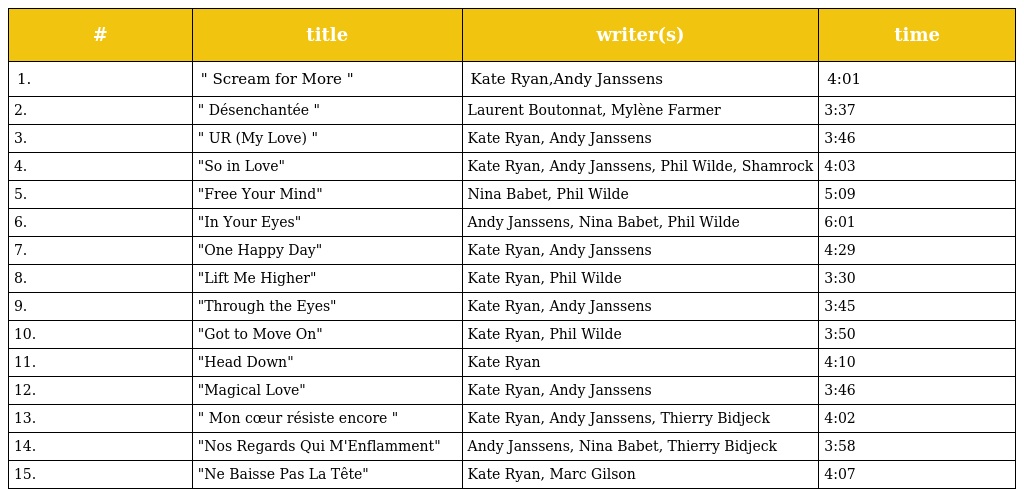
| # | title | writer(s) | time |
 | --- | --- | --- | --- |
 | 1. | " Scream for More " | Kate Ryan,Andy Janssens | 4:01 |
 | 2. | " Désenchantée " | Laurent Boutonnat, Mylène Farmer | 3:37 |
 | 3. | " UR (My Love) " | Kate Ryan, Andy Janssens | 3:46 |
 | 4. | "So in Love" | Kate Ryan, Andy Janssens, Phil Wilde, Shamrock | 4:03 |
 | 5. | "Free Your Mind" | Nina Babet, Phil Wilde | 5:09 |
 | 6. | "In Your Eyes" | Andy Janssens, Nina Babet, Phil Wilde | 6:01 |
 | 7. | "One Happy Day" | Kate Ryan, Andy Janssens | 4:29 |
 | 8. | "Lift Me Higher" | Kate Ryan, Phil Wilde | 3:30 |
 | 9. | "Through the Eyes" | Kate Ryan, Andy Janssens | 3:45 |
 | 10. | "Got to Move On" | Kate Ryan, Phil Wilde | 3:50 |
 | 11. | "Head Down" | Kate Ryan | 4:10 |
 | 12. | "Magical Love" | Kate Ryan, Andy Janssens | 3:46 |
 | 13. | " Mon cœur résiste encore " | Kate Ryan, Andy Janssens, Thierry Bidjeck | 4:02 |
 | 14. | "Nos Regards Qui M'Enflamment" | Andy Janssens, Nina Babet, Thierry Bidjeck | 3:58 |
 | 15. | "Ne Baisse Pas La Tête" | Kate Ryan, Marc Gilson | 4:07 |